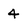
Character: 4